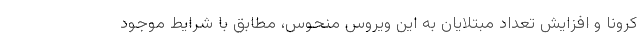
کرونا و افزایش تعداد مبتلایان به این ویروس منحوس، مطابق با شرایط موجود